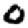
Digit: 0